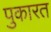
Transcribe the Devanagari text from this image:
पुकारत